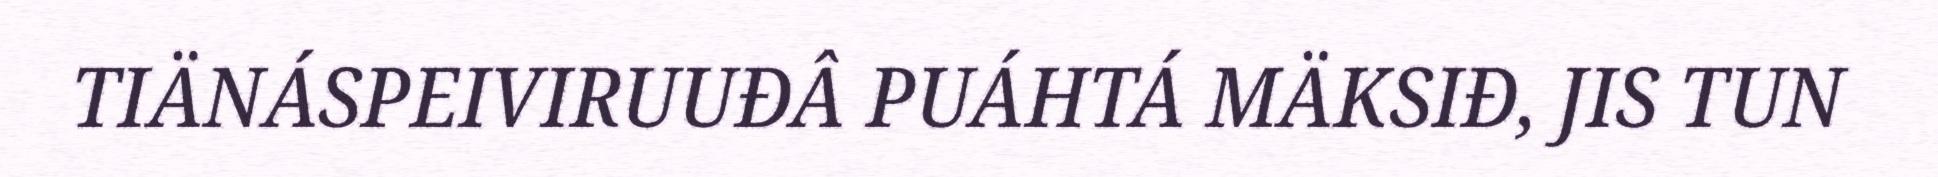
TIÄNÁSPEIVIRUUĐÂ PUÁHTÁ MÄKSIĐ, JIS TUN